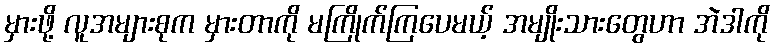
မှားဖို့ လူအများစုက မှားတာကို မကြိုက်ကြပေမယ့် အမျိုးသားတွေဟာ အဲဒါကို